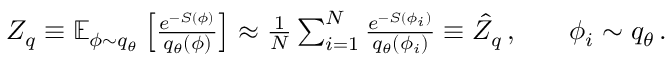
\begin{array} { r l r } { Z _ { q } \equiv \mathbb { E } _ { \phi \sim q _ { \theta } } \left[ \frac { e ^ { - S ( \phi ) } } { q _ { \theta } ( \phi ) } \right] \approx \frac { 1 } { N } \sum _ { i = 1 } ^ { N } \frac { e ^ { - S ( \phi _ { i } ) } } { q _ { \theta } ( \phi _ { i } ) } \equiv \hat { Z } _ { q } \, , } & { } & { \phi _ { i } \sim q _ { \theta } \, . } \end{array}